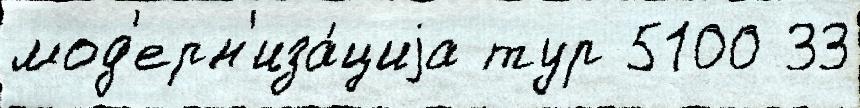
мод'ерн'иза́циjа тур 5100 33